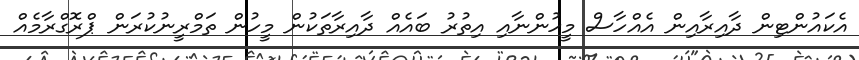
އެކައުންޓިން ދާއިރާއިން އެއްހާސް މީހުންނާއި އިތުރު ބައެއް ދާއިރާތަކުން މީހުން ތަމްރީނުކުރަން ޕްރޮގްރާމެއް